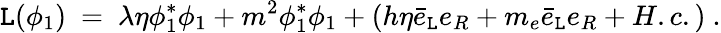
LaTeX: {\cal\mathtt{L}}(\phi_{1})~=~\lambda\eta\phi_{1}^{*}\phi_{1}+m^{2}\phi_{1}^{*}\phi_{1}+(h\eta\bar{{e}}_{\mathtt{L}}e_{R}+m_{e}\bar{{e}}_{\mathtt{L}}e_{R}+H.c.)\ .